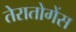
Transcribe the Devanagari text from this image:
तेरातोगेंस